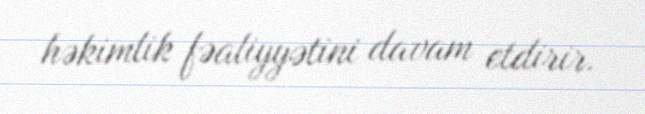
həkimlik fəaliyyətini davam etdirir.